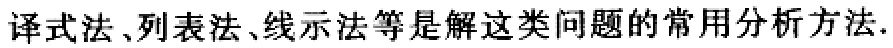
译式法、列表法、线示法等是解这类问题的常用分析方法.